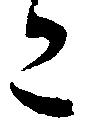
こ